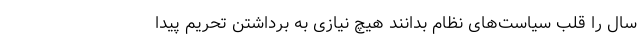
سال را قلب سیاست‌های نظام بدانند هیچ نیازی به برداشتن تحریم پیدا